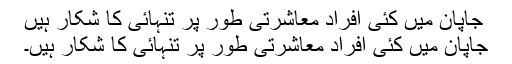
جاپان میں کئی افراد معاشرتی طور پر تنہائی کا شکار ہیں
جاپان میں کئی افراد معاشرتی طور پر تنہائی کا شکار ہیں۔